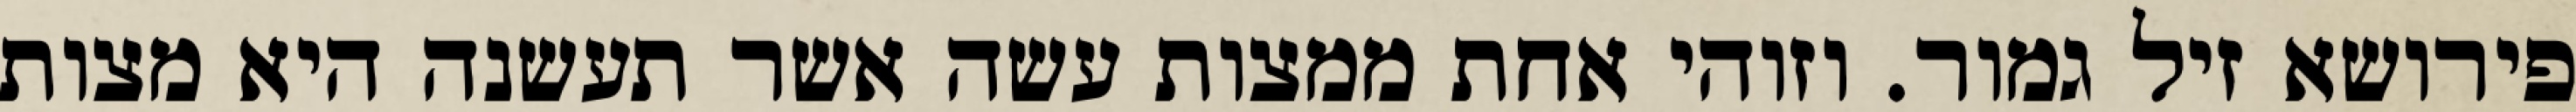
פירושא זיל גמור. וזוהי אחת ממצות עשה אשר תעשנה היא מצות